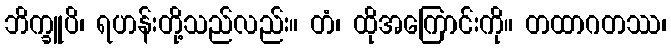
ဘိက္ခူပိ၊ ရဟန်းတို့သည်လည်း။ တံ၊ ထိုအကြောင်းကို။ တထာဂတဿ၊